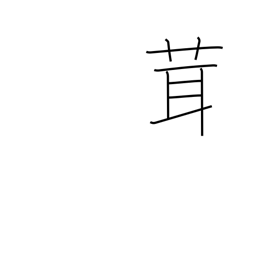
Meaning: mushroom